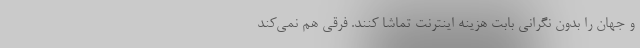
و جهان را بدون نگرانی بابت هزینه اینترنت تماشا کنند. فرقی هم نمی‌کند